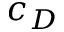
c _ { D }